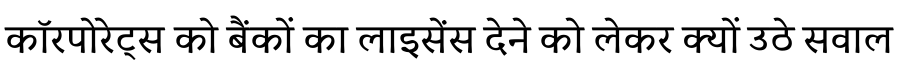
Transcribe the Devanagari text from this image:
कॉरपोरेट्स को बैंकों का लाइसेंस देने को लेकर क्यों उठे सवाल